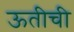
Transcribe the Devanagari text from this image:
ऊतीची